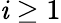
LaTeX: \mathit{i}\ge1